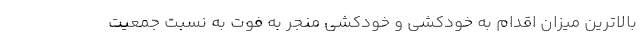
بالاترین میزان اقدام به خودکشی و خودکشی منجر به فوت به نسبت جمعیت